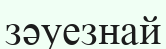
зәуезнай